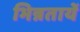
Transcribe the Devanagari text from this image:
भिन्नतायें